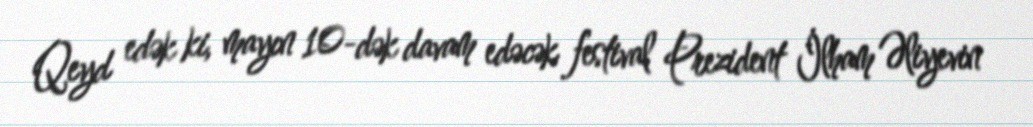
Qeyd edək ki, mayın 10-dək davam edəcək festival Prezident İlham Əliyevin